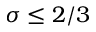
\sigma \le 2 / 3